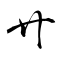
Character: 廾